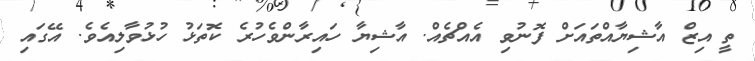
ތީ އިޒް އާޝިޔާއްތައަށް ފޮނުވި އެއްޗެއް. އާޝިޔާ ހައިރާންވެހުރެ ކޮތަޅު ހުޅުވާލިއެވެ. އޭގައި